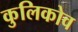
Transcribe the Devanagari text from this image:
कुलिकोव